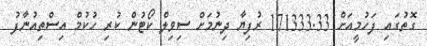
ގޮތުގައި ފަހުމީއަށް 171333.33 ރުފިޔާ ދިނުމަށް ސިވިލް ކޯޓުން ކުރި ހުކުމް އިސްތިއުނާފު